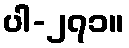
ပါ-၂၇၁။